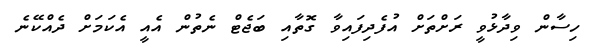
ހިސާން ވިދާޅުވީ ރަށްތަށް އުފެދިފައިވާ ގޮތާއި ބަޖެޓް ނެތުން އެއީ އެކަމަށް ދެއްކޭނެ